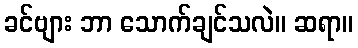
ခင်ဗျား ဘာ သောက်ချင်သလဲ။ ဆရာ။